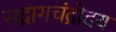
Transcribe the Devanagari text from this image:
सद्रागचंद्रोदय